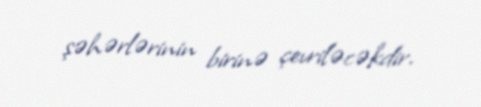
şəhərlərinin birinə çevriləcəkdir.